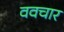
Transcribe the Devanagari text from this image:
ववचार